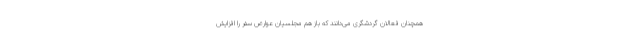
همچنان فعالان گردشگری می‌دانند که باز هم مجلسیان عوارض سفر را افزایش